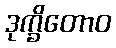
ဒုက္ခိတောဝ